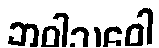
ဘဝါသဝေါ